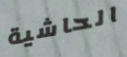
الحاشية